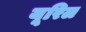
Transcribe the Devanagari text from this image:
यूरिल